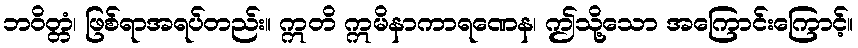
ဘဝိတ္တံ၊ ဖြစ်ရာအရပ်တည်း။ ဣတိ ဣမိနာကာရဏေန၊ ဤသို့သော အကြောင်းကြောင့်။